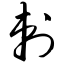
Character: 刺